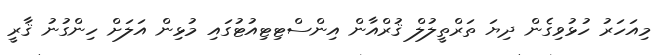
މިއަހަރު ހުޅުވިގެން ދިޔަ ތަރްތީލުލް ޤުރްއާން އިންސްޓިޓިއުޓުގައި މުޅިން އަލަށް ހިންގުނު ޤާރީ